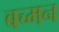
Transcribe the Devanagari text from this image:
बच्मन